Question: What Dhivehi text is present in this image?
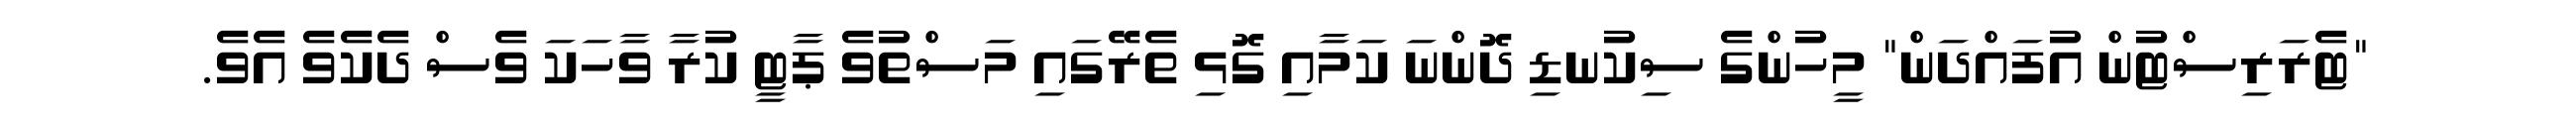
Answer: "ޓެރަރިސްޓުން އުފައްދަން" މީހުންގެ ސިކުނޑި ދޮންނަ ކަމާއި ގޮޅި ތެރޭގައި މަސްތުވެ ޕާޓީ ކުރާ ވާހަކަ ވެސް ދެކެވެ އެވެ.